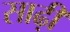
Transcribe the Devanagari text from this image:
साढ़ी